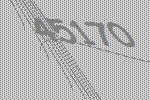
45170